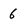
Character: 6